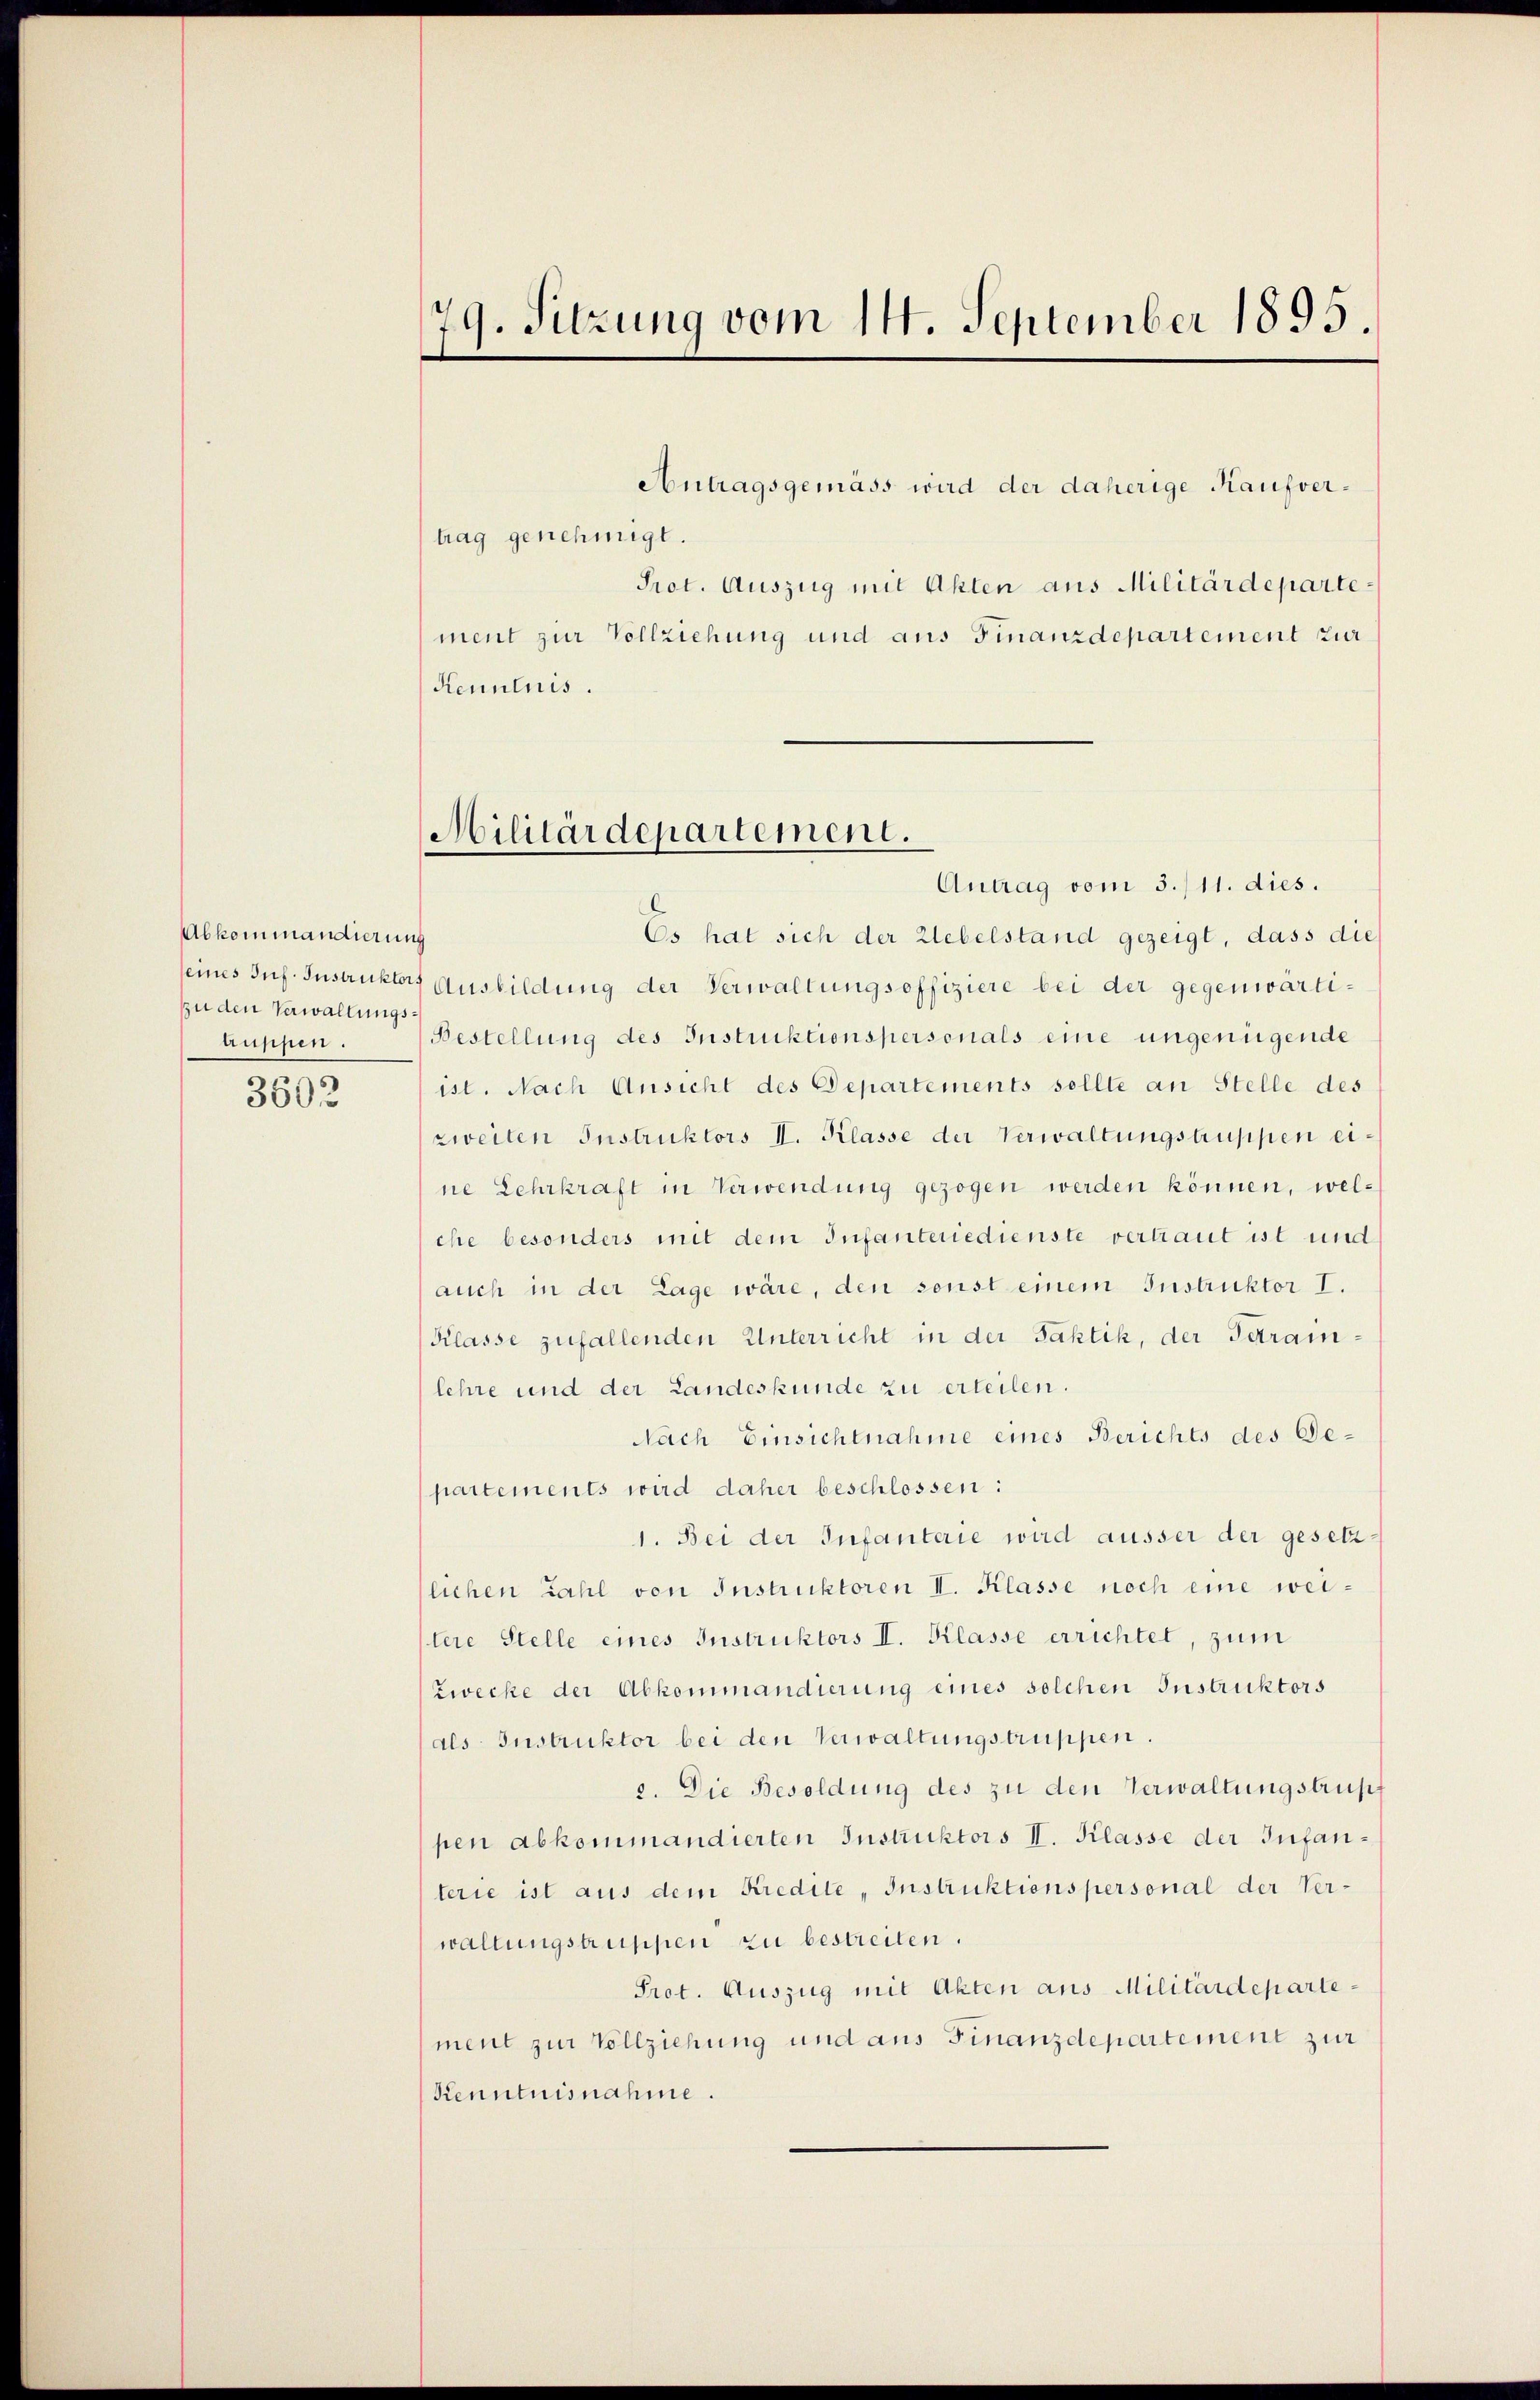
Abkommandierung
zu den Verwaltungsaussen.

3602

79. Sitzung vom 14. September 1895

trag genehmigt.
Prot. Auszug mit Akten aus Militärdepartement zur Vollziehung und aus Finanzdepartement zur
Kenntnis.

Antragsgemäss wird der daherige Kaufver¬

Militärdepartement.

Antrag vom 3./11. dies.
Es hat sich der Uebelstand gezeigt, dass die
seines Inf. Instruktors Ausbildung der Verwaltungsoffiziere bei der gegenwärti¬
Bestellung des Instruktionspersonals eine ungenügende
ist. Nach Ansicht des Departements sollte an Stelle des
zweiten Instruktors II. Klasse der Verwaltungstruppen eine Lehrkraft in Verwendung gezogen werden können, welche besonders mit dem Infanteriedienste vertraut ist und
auch in der Lage wäre, den sonst einem Instruktor I.
Klasse zufallenden Unterricht in der Faktik, der Getrainlehre und der Landeskunde zu erteilen.
Nach Einsichtnahme eines Berichts des Gepartements wird daher beschlossen:
1. Bei der Infanterie wird äusser der gesetzlichen Zahl von Instruktoren II. Klasse noch eine weilere Stelle eines Instruktors II. Klasse errichtet, zum
Zwecke der Abkommandierung eines solchen Instruktors
(als Instruktor bei den Verwaltungstruppen.
2. Die Besoldung des zu den Verwaltungstrupf
pen abkommandierten Instruktors II. Klasse der Infanterie ist aus dem Kredite Instruktionspersonal der Ver-
waltungstruppen zu bestreiten.
Prot. Auszug mit Akten aus Militärdepartement zur Vollziehung und aus Finanzdepartement zur
Kenntnisnahme.